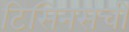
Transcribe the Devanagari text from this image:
टिसिनसची